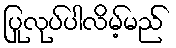
ပြုလုပ်ပါလိမ့်မည်